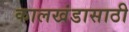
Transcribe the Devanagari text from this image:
कालखंडासाठी